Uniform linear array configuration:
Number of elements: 16
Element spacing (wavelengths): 1
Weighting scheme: binomial
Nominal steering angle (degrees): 0
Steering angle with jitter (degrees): -0.9356
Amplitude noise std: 0.05
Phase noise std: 0.05

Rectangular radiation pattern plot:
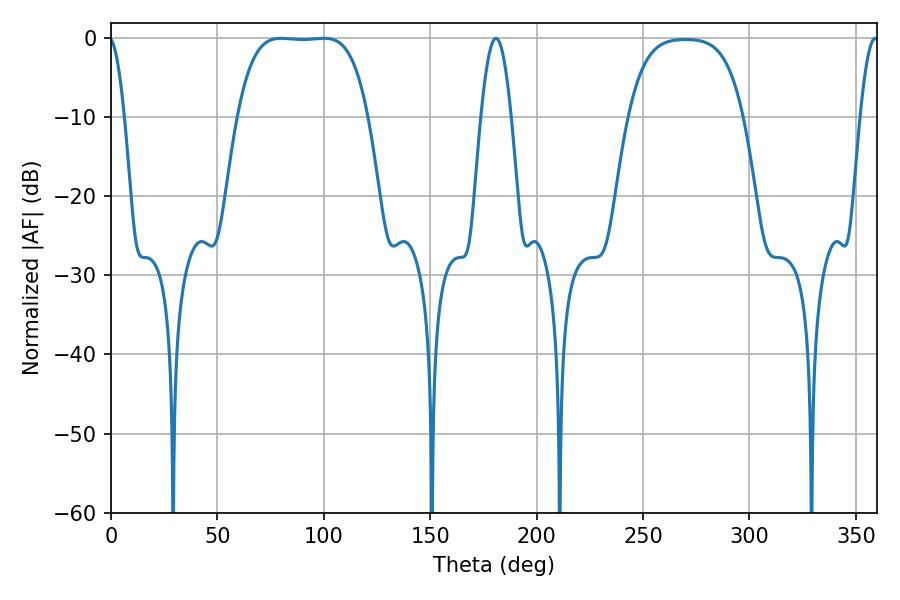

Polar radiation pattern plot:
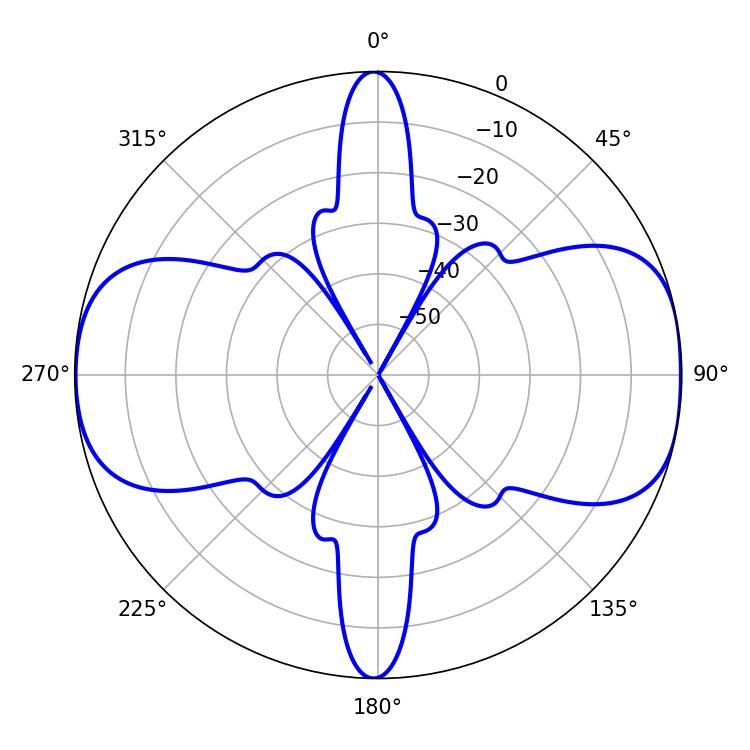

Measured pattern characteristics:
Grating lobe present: TRUE
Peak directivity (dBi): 10.67
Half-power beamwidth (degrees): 7.56
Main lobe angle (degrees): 180.9